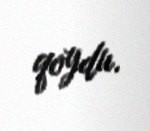
qoydu.